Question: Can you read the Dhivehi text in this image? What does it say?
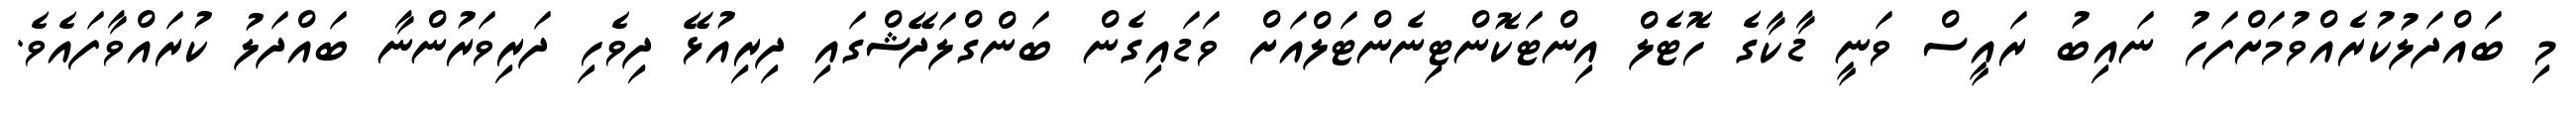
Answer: މި ބައްދަލުކުރެއްވުމަށްފަހު ނައިބު ރައީސް ވަނީ ޑާކާގެ ހޮޓެލް އިންޓަކޮންޓިނެންޓަލްއަށް ވަޑައިގެން ބަންގްލަދޭޝްގައި ދިރިއުޅޭ ދިވެހި ދަރިވަރުންނާ ބައްދަލު ކުރައްވާފައެވެ.